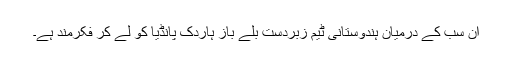
ان سب کے درمیان ہندوستانی ٹیم زبردست بلے باز ہاردک پانڈیا کو لے کر فکرمند ہے۔